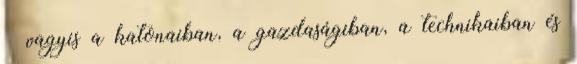
– vagyis a katonaiban, a gazdaságiban, a technikaiban és